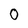
Character: 0